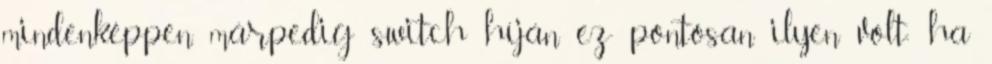
mindenképpen, márpedig switch híján ez pontosan ilyen volt; ha